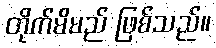
တိုက်မိမည် ဖြစ်သည်။